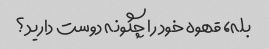
بله، قهوه خود را چگونه دوست دارید؟